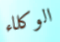
الوكلاء